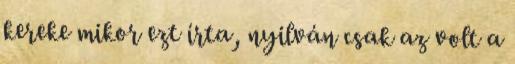
kereke mikor ezt írta, nyilván csak az volt a